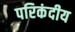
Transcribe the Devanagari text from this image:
परिकंदीय